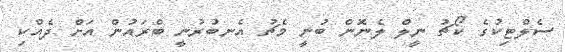
ސެލްޓިކުގެ ކޯޗު ނީލް ލެނޮން ބުނީ މެޗު އެނބުރުނީ ބްރައުން އަށް ދެއްކި